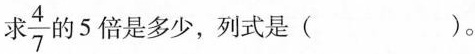
求\frac{4}{7}的5倍是多少，列式是( )。